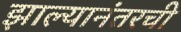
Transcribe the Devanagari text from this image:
झाल्यानंतरची